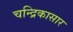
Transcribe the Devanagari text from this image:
चन्द्रिकासार